Annual report of the Punjab Veterinary College and of the Civil Veterinary Department, Punjab - 1894-1908
Year: 1894
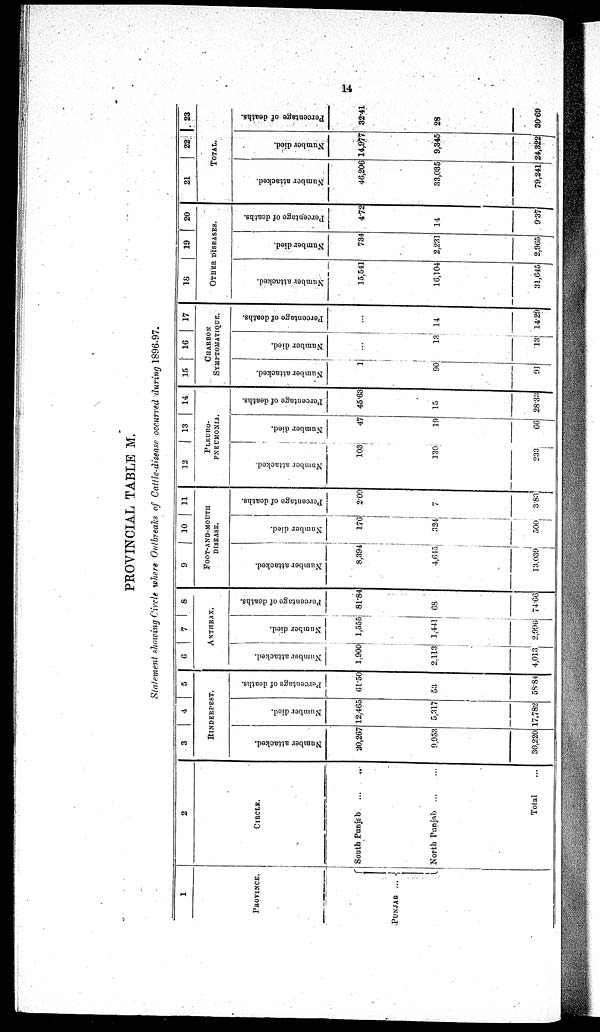
14
PROVINCIAL TABLE M.
Statement showing Circle where Outbreaks of Cattle-disease occurred during 1896-97.
1
PROVINCE
PUNJAB...
2
CIRCLE
South Punjab ... ...
North Punjab ... ...
Total ...
3
4
5
RINDERPEST
Number attacked.
20,267
9,953
30,220
Number died.
12,465
5,317
17,782
Percentage of deaths.
61.50
53
58.84
6 7
8
ANTHRAX
Number attacked.
1,900
2,113
4,013
Number died.
1,555
1,444
2,996
Percentage of deaths.
81.84
68
74.66
9
10
11
FFFT-AND-MOUTH
DISEASE.
Number attacked.
8,394
4,615
13,039
Number died.
176
324
500
Percentage of deaths.
2.09
7
3.83
12
13 14
PLEURO-
PNEUMONIA.
Number attacked.
103
130
233
Number died.
47
19
66
Percentage of deaths.
45.63
15
28.33
15
16
17
CHARBON
SYMPTOMATIQUE
Number attacked.
1
90
91
Number died.
...
13
13
Percentage
of deaths.
...
14
14.29
18
19
20
OTHER DISEASES.
Number attacked.
15,541
10,104
31,645
Number died.
734
2,231
2,965
Percentage of deaths.
4.72
14
9.37
21
22
23
TOTAL.
Number attacked.
46,206
33,035
79,241
Number died.
14,977
9,345
24,322
Percentage of deaths.
32.41
28
30.69